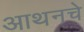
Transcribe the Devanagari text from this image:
आथनचे